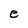
Character: e